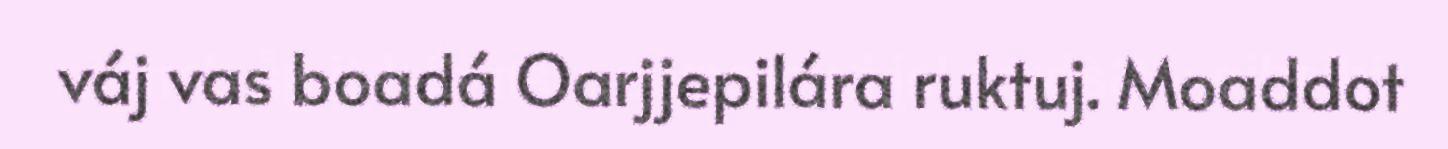
váj vas boadá Oarjjepilára ruktuj. Moaddot